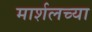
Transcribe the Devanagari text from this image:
मार्शलच्या